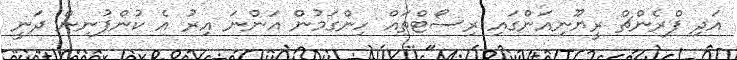
އަދި ފްރެންޗް ރީޔޫނިއަންގައި ރިސޯޓްތައް ހިންގަމުން އަންނަ އިރު އެ ކުންފުނިން ދަނީ